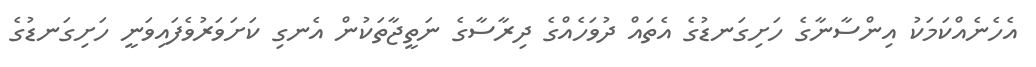
އެހެނެއްކަމަކު އިންސާނާގެ ހަށިގަނޑުގެ އެތައް ދުވަހެއްގެ ދިރާސާގެ ނަތީޖާތަކުން އެނގި ކަށަވަރުވެފައިވަނީ ހަށިގަނޑުގެ